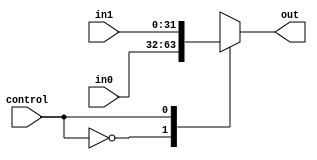
`timescale 1ns / 1ps
//////////////////////////////////////////////////////////////////////////////////
// Company: 
// Engineer: 
// 
// Design Name: 
// Module Name: mux2_1
// Project Name: 
// Target Devices: 
// Tool Versions: 
// Description: 
// 
// Dependencies: 
// 
// Revision:
// Revision 0.01 - File Created
// Additional Comments:
// 
//////////////////////////////////////////////////////////////////////////////////


module mux2_1(in0,in1,control,out);
input [31:0] in0,in1;
input control;
output reg [31:0] out;

always@(control or in1 or in0 ) begin
    case(control)
    1'b0: out = in0;
    1'b1: out = in1;
    default: out = 32'hzzzzzzzz;
    endcase
end
endmodule